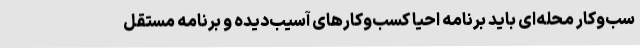
سب‌وکار محله‌ای باید برنامه احیا کسب‌وکارهای آسیب‌دیده و برنامه مستقل